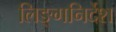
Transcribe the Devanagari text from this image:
लिङ्गनिर्देश